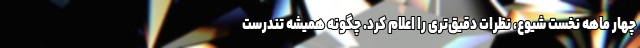
چهار ماهه نخست شیوع، نظرات دقیق‌تری را اعلام کرد. چگونه همیشه تندرست